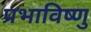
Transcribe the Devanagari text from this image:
प्रभाविष्णु